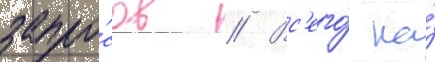
запро́сов // Вс'его́ на́